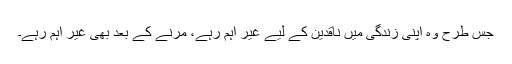
جس طرح وہ اپنی زندگی میں ناقدین کے لیے غیر اہم رہے، مرنے کے بعد بھی غیر اہم رہے۔